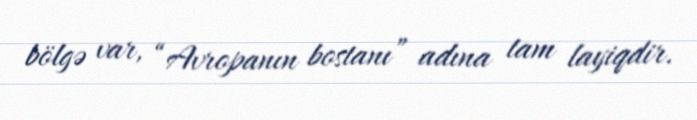
bölgə var, “Avropanın bostanı” adına tam layiqdir.